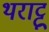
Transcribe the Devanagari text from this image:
थराट्टू